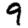
Digit: 9